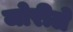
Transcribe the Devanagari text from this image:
जोरीले